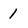
Character: 1